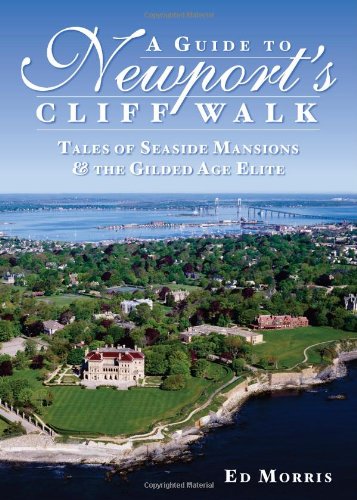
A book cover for A Guide to Newport's Cliff Walk:: Tales of Seaside Mansions & the Gilded Age Elite; Ed Morris; Travel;